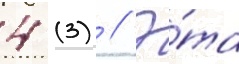
4 (3) // Э́та